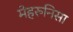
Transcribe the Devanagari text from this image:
मेहरुनिसा